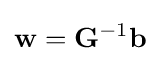
\mathbf {w} =\mathbf {G} ^{-1}\mathbf {b}